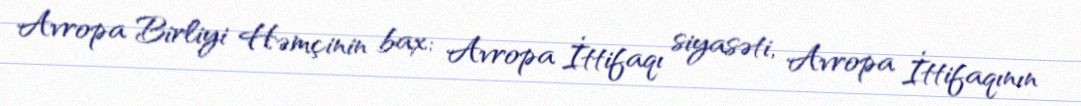
Avropa Birliyi Həmçinin bax: Avropa İttifaqı siyasəti, Avropa İttifaqının